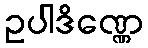
ဥပါဒိဏ္ဏေ